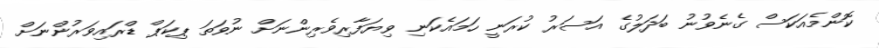
ކޮންމެއަކަސް ގެނެވުނު ބަދަލުގެ އަސަރު ކުރަނީ ހަަމައެކަނި ވިޔަފާރިވެރިންނަށް ނުވަތަ ޕިކަޕް ޑްރައިވަރުންނަށް